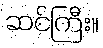
ဆင်ကြီး။